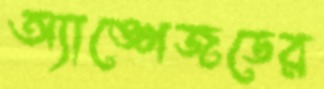
অ্যাঙ্গেজডের